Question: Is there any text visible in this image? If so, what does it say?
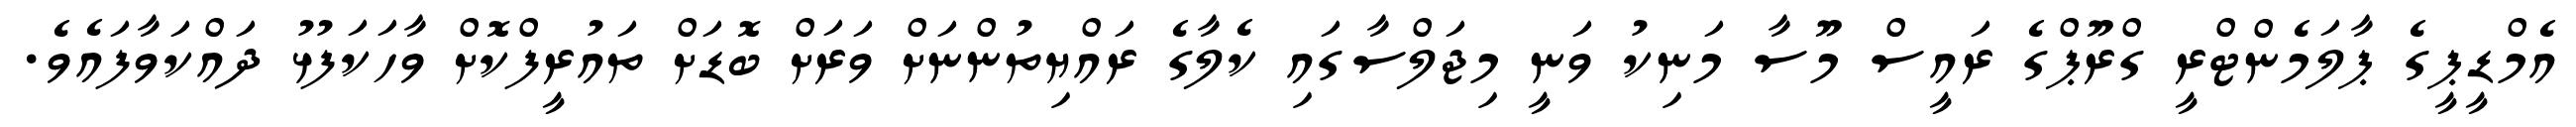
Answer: އެމްޑީޕީގެ ޕާލަމެންޓްރީ ގްރޫޕްގެ ރައީސް މޫސާ މަނިކު ވަނީ މިޖަލްސާގައި ކެލާގެ ރައްޔިތުންނަށް ވަރަށް ބޮޑަށް ތައުރީފްކޮށް ވާހަކަފުޅު ދައްކަވާފައެވެ.